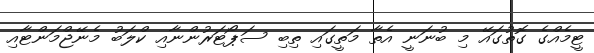
ޓީމެއްގެ ގޮތުގައޭ މި ބުނަނީ އެތާ މަތީގައި ތިބި ސަޕޯޓަރުންނާއި ކްލަބު މެނޭޖްމަންޓާއި